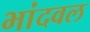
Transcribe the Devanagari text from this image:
भांदवल